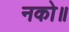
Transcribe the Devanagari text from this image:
नको॥